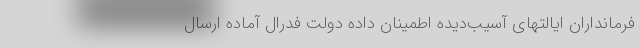
فرمانداران ایالتهای آسیب‌دیده اطمینان داده دولت فدرال آماده ارسال